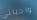
واجباتي